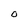
Character: 0